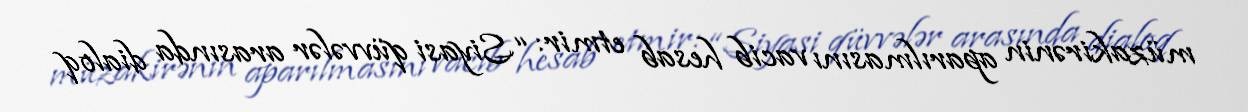
müzakirənin aparılmasını vacib hesab etmir: “Siyasi qüvvələr arasında dialoq